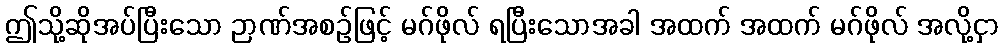
ဤသို့ဆိုအပ်ပြီးသော ဉာဏ်အစဉ်ဖြင့် မဂ်ဖိုလ် ရပြီးသောအခါ အထက် အထက် မဂ်ဖိုလ် အလို့ငှာ